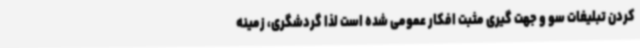
کردن تبلیغات سو و جهت گیری مثبت افکار عمومی شده است لذا گردشگری، زمینه